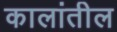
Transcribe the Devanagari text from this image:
कालांतील